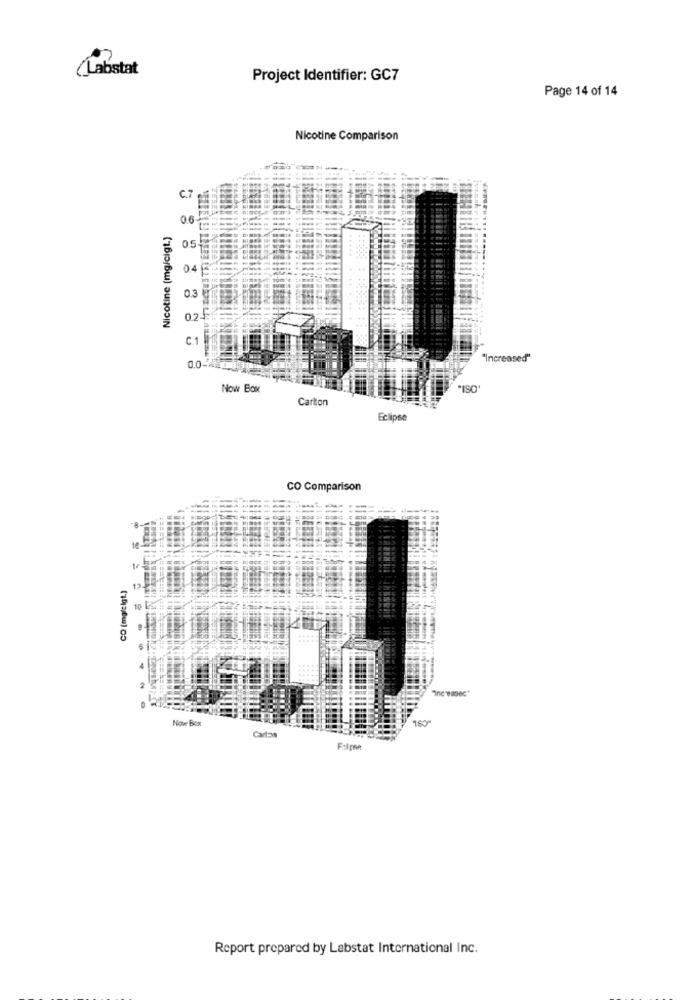
(Labstat
Project Identifier: GC7
Page 14 of 14
Nicotine Comparison
C.7
0.6
Nicotine (mg/cigt.)
05-
04
0.3
025
C.1
"Increased"
Now Box
*ISO
Carton
Eclipse
CO Comparison
CO [mg/tigt.)
12
10
.....
Increasec"
Now Box
Falphe
Report prepared by Labstat International Inc.